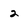
Character: 2